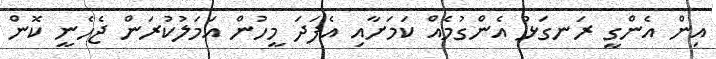
އިން އެންގީ ރަނގަޅު އެންގުމެއް ކަމަށާއި އެފަދަ މީހުން އަމަލުކުރަން ޖެހެނީ ކޮން